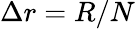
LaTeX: \Delta r=R/N